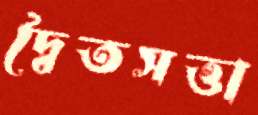
দ্বৈতসত্তা